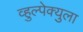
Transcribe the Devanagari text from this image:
व्हुल्पेक्युला